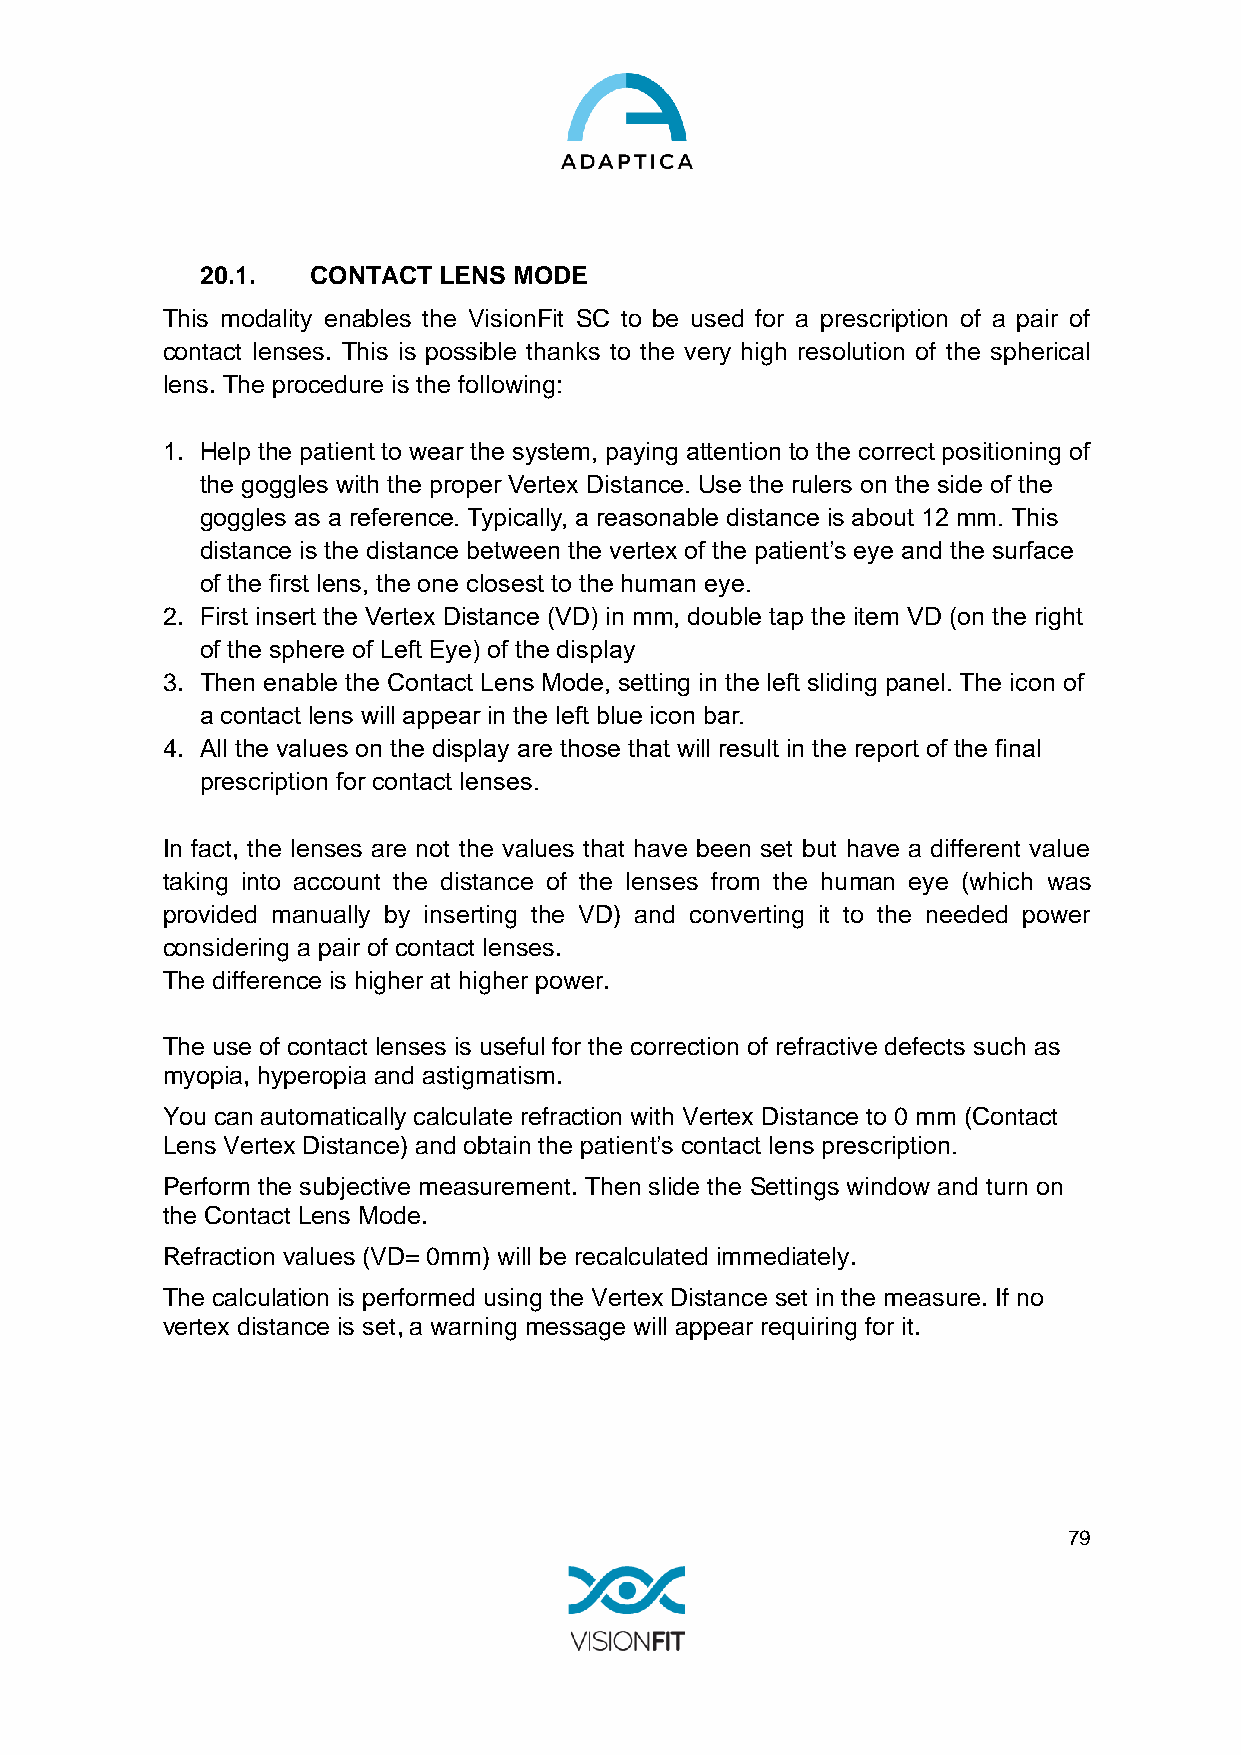
20.1.   CONTACT LENS MODE
 This modality enables the VisionFit SC to be used for a prescription of a pair of
 contact lenses. This is possible thanks to the very high resolution of the spherical
 lens. The procedure is the following:
 1. Help the patient to wear the system, paying attention to the correct positioning of
 the goggles with the proper Vertex Distance. Use the rulers on the side of the
 goggles as a reference. Typically, a reasonable distance is about 12 mm. This
 distance is the distance between the vertex of the patient’s eye and the surface
 of the first lens, the one closest to the human eye.
 2. First insert the Vertex Distance (VD) in mm, double tap the item VD (on the right
 of the sphere of Left Eye) of the display
 3. Then enable the Contact Lens Mode, setting in the left sliding panel. The icon of
 a contact lens will appear in the left blue icon bar.
 4. All the values on the display are those that will result in the report of the final
 prescription for contact lenses.
 In fact, the lenses are not the values that have been set but have a different value
 taking into account the distance of the lenses from the human eye (which was
 provided manually by inserting the VD) and converting it to the needed power
 considering a pair of contact lenses.
 The difference is higher at higher power.
 The use of contact lenses is useful for the correction of refractive defects such as
 myopia, hyperopia and astigmatism.
 You can automatically calculate refraction with Vertex Distance to 0 mm (Contact
 Lens Vertex Distance) and obtain the patient’s contact lens prescription.
 Perform the subjective measurement. Then slide the Settings window and turn on
 the Contact Lens Mode.
 Refraction values (VD= 0mm) will be recalculated immediately.
 The calculation is performed using the Vertex Distance set in the measure. If no
 vertex distance is set, a warning message will appear requiring for it.
 79